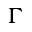
\Gamma